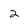
Character: 2